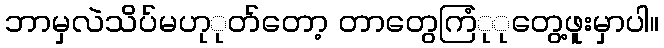
ဘာမှလဲသိပ်မဟုုတ်တော့ တာတွေကြံုုတွေ့ဖူးမှာပါ။